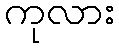
ကုလား